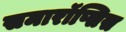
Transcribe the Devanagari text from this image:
समारॉप्सिस